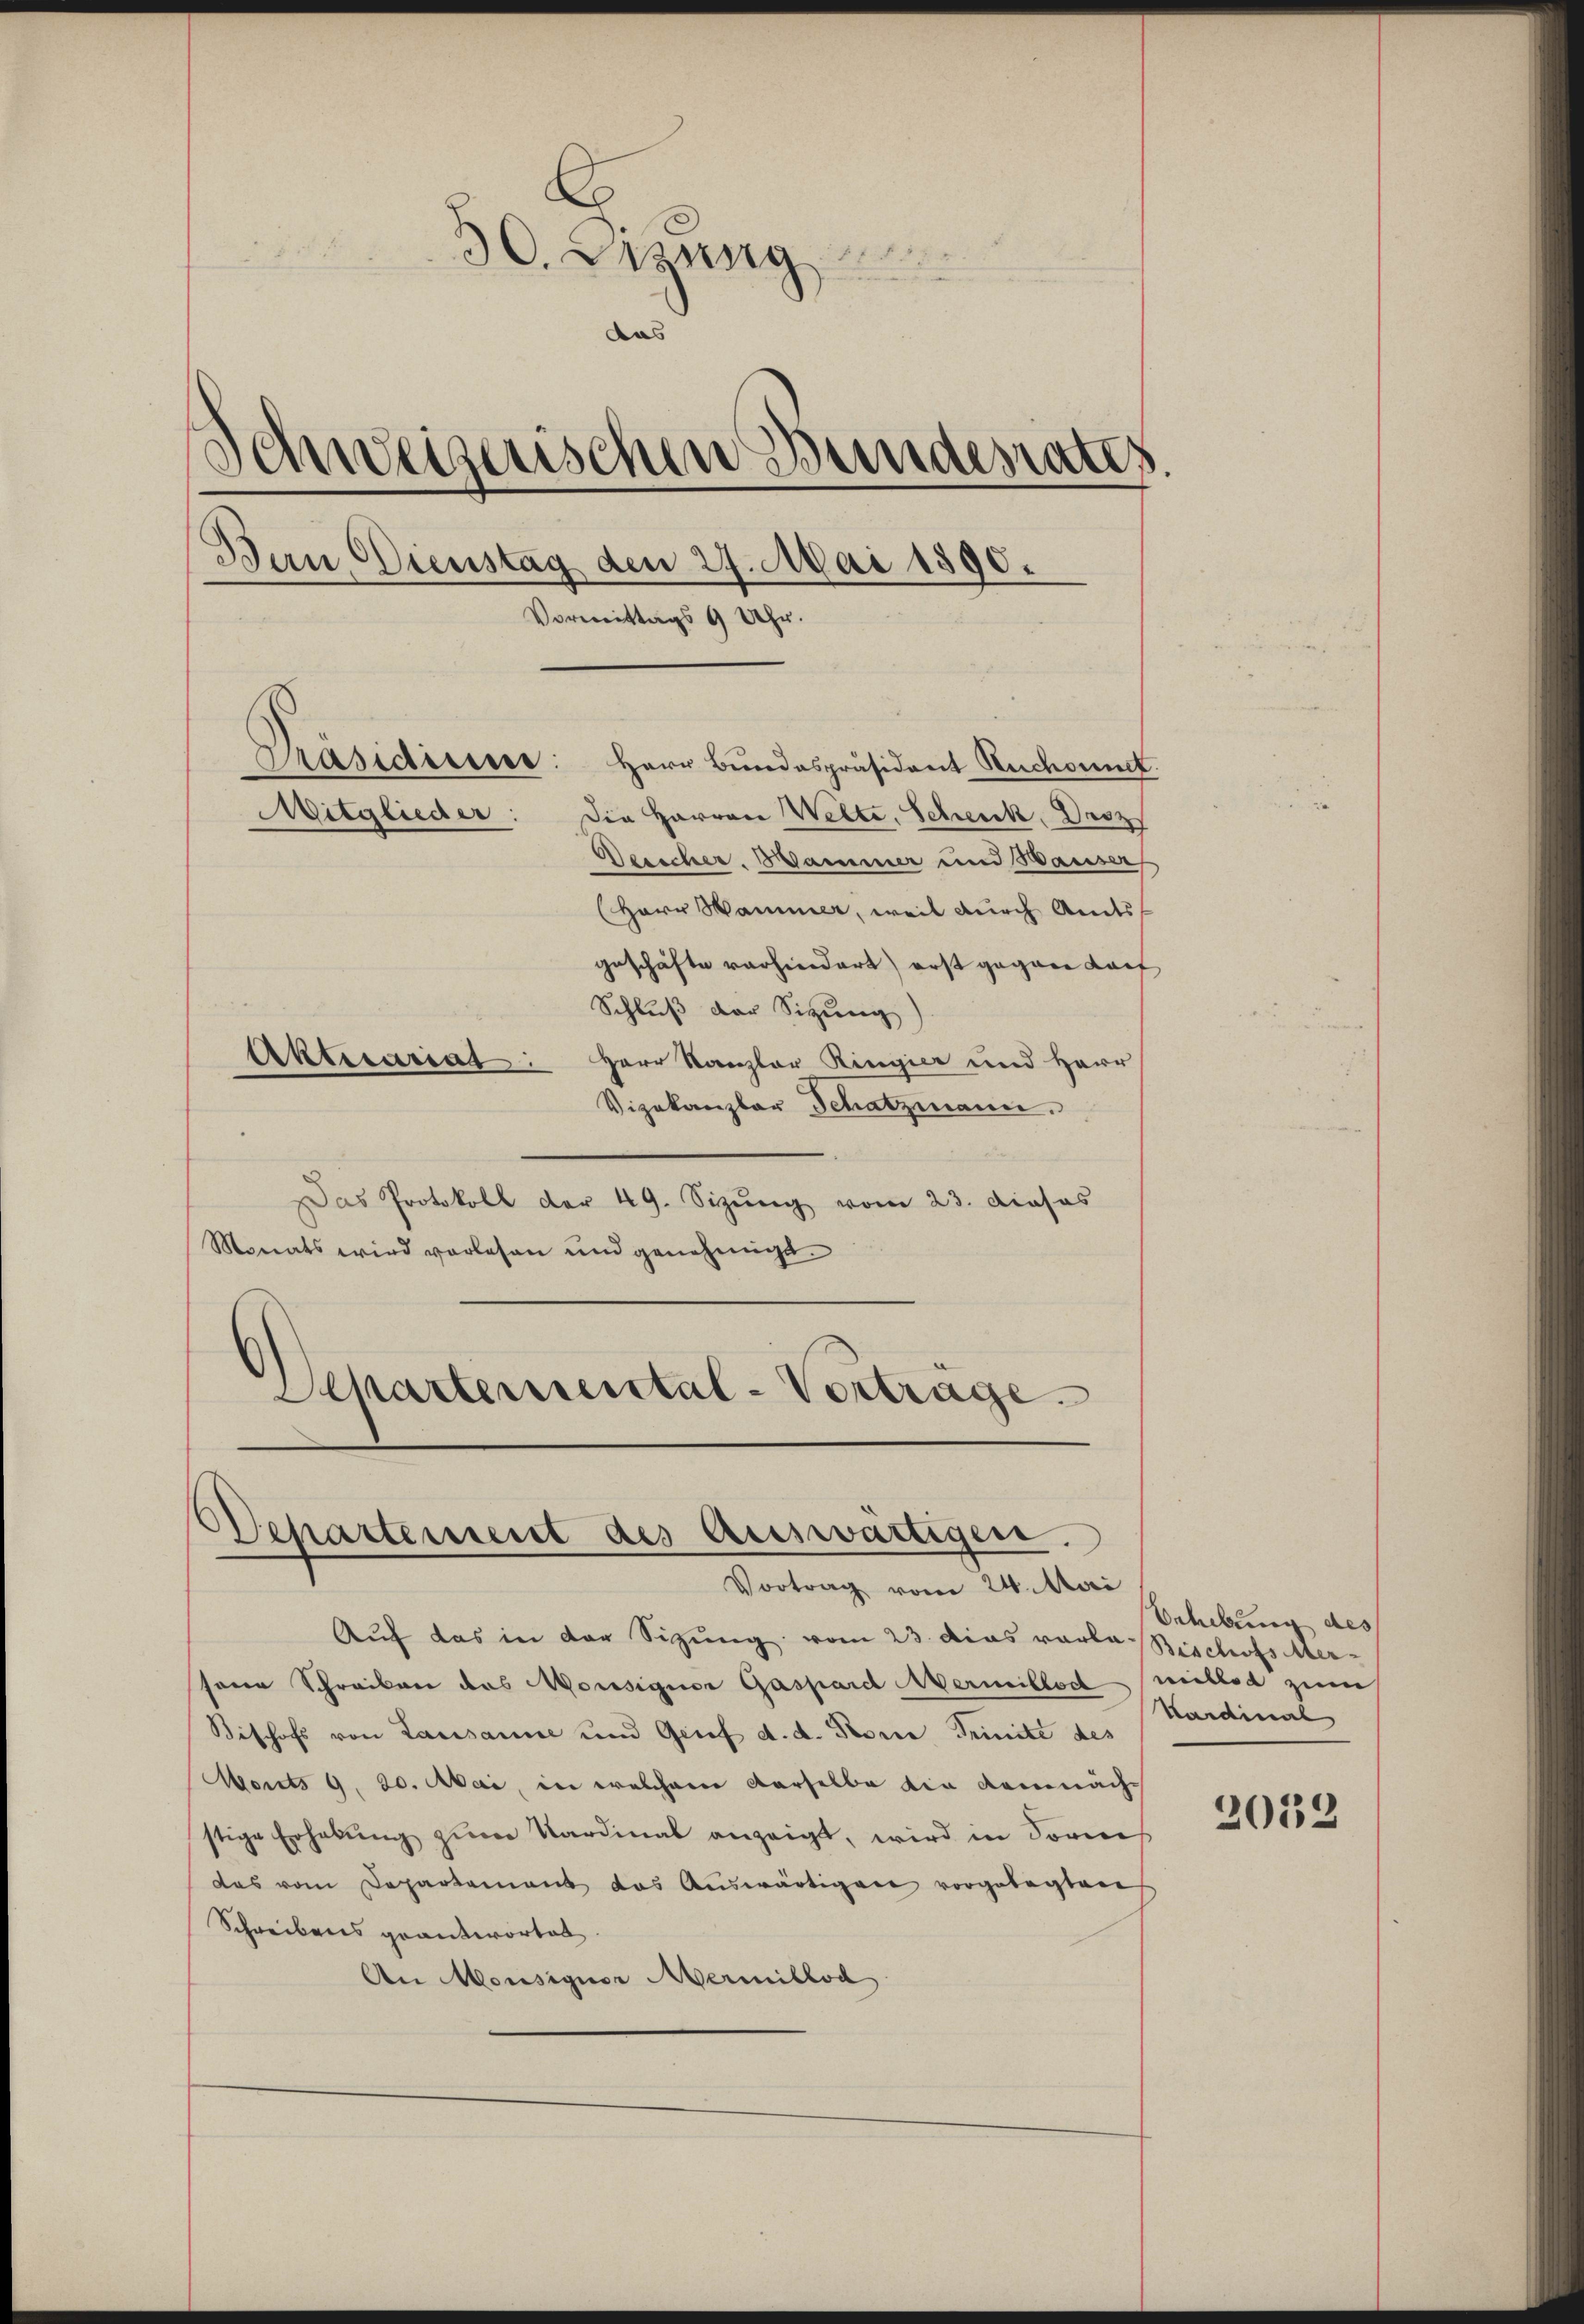
E
30. Dirung
das
Schweizerischen Bundesrates
Ban Dienstag den 27. Mai 1890.
Vormittags 9 Uhr.
Präsidium: Herr Bundespräsident Rückant.
Mitglieder:
Die Harron Welte. Schenk, Droz
Deescher. Hammer und Waiser
(Herr Hammer, weil durch Amts
geschäfte vorhindert) erst gegen Kauf
Schluß der Sitzung)
Aktesariat: Herr Kanzler Ringier und Herr

Vizekanzler Schatzmann.
Das Protokoll der 49. Sizŭng vom 23. Dieses
Monats wird vorlesen und genehmigt.
Separtemental-Vorträge.

Departement des Auswärtigen.
Vortrag vom 24. Mai

Auf das in der Sitzung vom 23. das vorla Bischofs Mer
sene Schreiben das Monsigner Gaspard vermillect millod zum
Bischofs von Lausanne und Genf d. d. Prorie Trinité des
Monts 9. 20. Mai, in welchem derselbe die demnächs
stige Erhabŭng zum Kardinal anzeigt, wird in Sornes
das vom Departement das Auswärtigen vorgelegten
Schreibens geantwortet.
An Monsigner Mermillod

Behebung des
Kardinal

2052